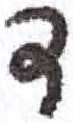
אות: ד